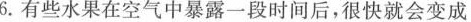
6.有些水果在空气中暴露一段时间后，很快就会变成